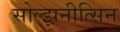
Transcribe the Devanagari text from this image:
सोल्झ़नीत्सिन